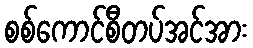
စစ်ကောင်စီတပ်အင်အား